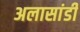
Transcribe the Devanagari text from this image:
अलासांडी